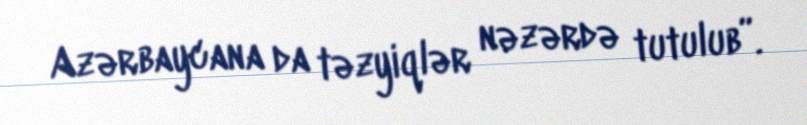
Azərbaycana da təzyiqlər nəzərdə tutulub”.